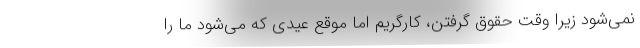
نمی‌شود زیرا وقت حقوق گرفتن، کارگریم اما موقع عیدی که می‌شود ما را